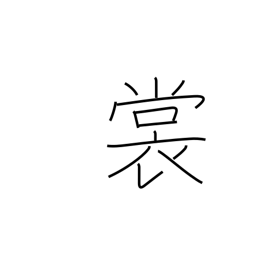
Meaning: skirt